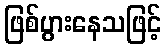
ဖြစ်ပွားနေသဖြင့်